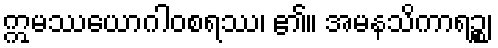
ဣမဿယောဂါဝစရဿ၊ ၏။ အမနသိကာရဉ္စ၊